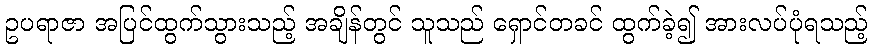
ဥပရာဇာ အပြင်ထွက်သွားသည့် အချိန်တွင် သူသည် ရှောင်တခင် ထွက်ခဲ့၍ အားလပ်ပုံရသည့်